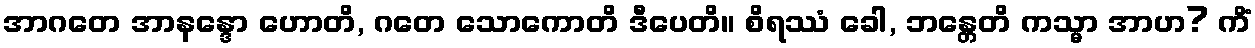
အာဂတေ အာနန္ဒော ဟောတိ, ဂတေ သောကောတိ ဒီပေတိ။ စိရဿံ ခေါ, ဘန္တေတိ ကသ္မာ အာဟ? ကိံ